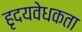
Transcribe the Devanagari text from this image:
हृदयवेधकता